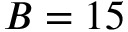
B = 1 5